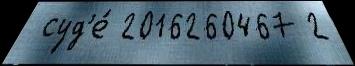
 суд'е́ 2016260467 2